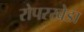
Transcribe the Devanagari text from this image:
रोपरखेडा